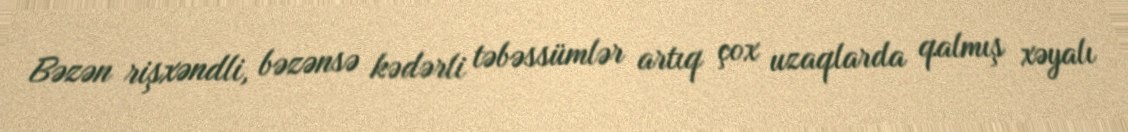
Bəzən rişxəndli, bəzənsə kədərli təbəssümlər artıq çox uzaqlarda qalmış xəyalı